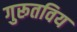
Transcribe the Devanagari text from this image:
गुरूतविय